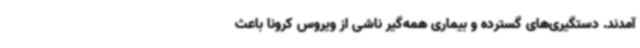
آمدند. دستگیری‌های گسترده و بیماری همه‌گیر ناشی از ویروس کرونا باعث